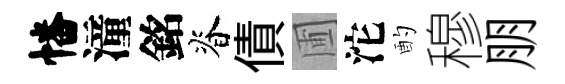
幡潼銘脊債圃沱酌穆朋